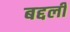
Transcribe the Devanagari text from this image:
बद्दली